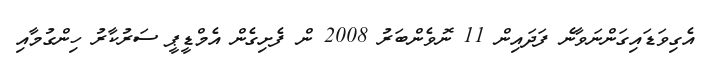
އެގިވަޑައިގަންނަވާނެ ފަދައިން 11 ނޮވެންބަރު 2008 ން ފެށިގެން އެމްޑީޕީ ސަރުކާރު ހިންގުމާއި